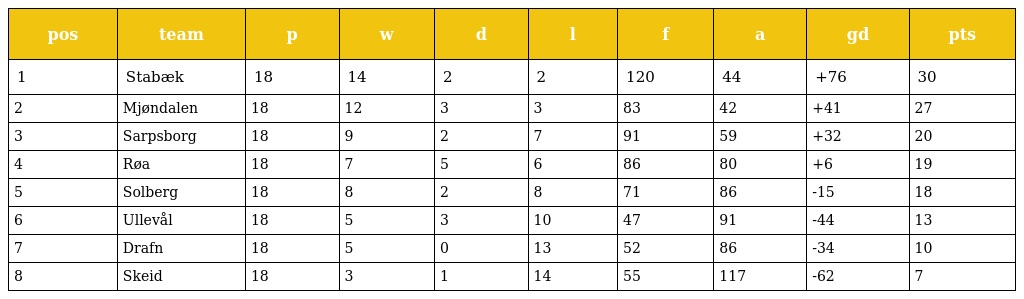
| pos | team | p | w | d | l | f | a | gd | pts |
 | --- | --- | --- | --- | --- | --- | --- | --- | --- | --- |
 | 1 | Stabæk | 18 | 14 | 2 | 2 | 120 | 44 | +76 | 30 |
 | 2 | Mjøndalen | 18 | 12 | 3 | 3 | 83 | 42 | +41 | 27 |
 | 3 | Sarpsborg | 18 | 9 | 2 | 7 | 91 | 59 | +32 | 20 |
 | 4 | Røa | 18 | 7 | 5 | 6 | 86 | 80 | +6 | 19 |
 | 5 | Solberg | 18 | 8 | 2 | 8 | 71 | 86 | -15 | 18 |
 | 6 | Ullevål | 18 | 5 | 3 | 10 | 47 | 91 | -44 | 13 |
 | 7 | Drafn | 18 | 5 | 0 | 13 | 52 | 86 | -34 | 10 |
 | 8 | Skeid | 18 | 3 | 1 | 14 | 55 | 117 | -62 | 7 |